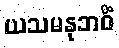
ယသမနုဘဝိံ